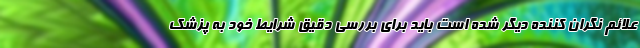
علائم نگران کننده دیگر شده است باید برای بررسی دقیق شرایط خود به پزشک